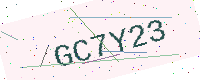
Text: GC7Y23